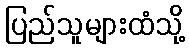
ပြည်သူများထံသို့